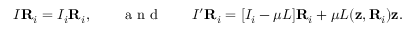
\begin{array} { r } { I { \bf R } _ { i } = I _ { i } { \bf R } _ { i } , \qquad \mathrm { ~ a ~ n ~ d ~ } \qquad I ^ { \prime } { \bf R } _ { i } = [ I _ { i } - \mu L ] { \bf R } _ { i } + \mu L ( { \bf z } , { \bf R } _ { i } ) { \bf z } . } \end{array}